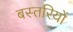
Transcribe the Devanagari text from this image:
बस्तरियों